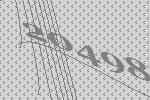
20498